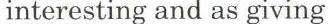
interesting and as giving